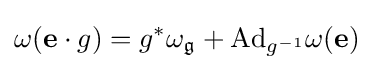
\omega ({\mathbf {e} }\cdot g)=g^{*}\omega _{\mathfrak {g}}+{\text{Ad}}_{g^{-1}}\omega (\mathbf {e} )